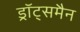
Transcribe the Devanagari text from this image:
ड्रॉट्समैन